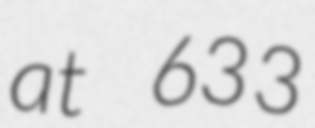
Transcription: at 633